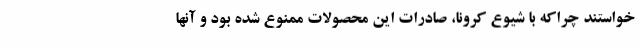
خواستند چراکه با شیوع کرونا، صادرات این محصولات ممنوع شده بود و آنها